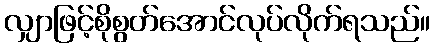
လျှာဖြင့်စိုစွတ်အောင်လုပ်လိုက်ရသည်။